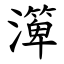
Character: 㵺